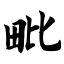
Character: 毗